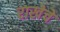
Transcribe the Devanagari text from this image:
राखेचे